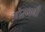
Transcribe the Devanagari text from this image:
ओस्मनी